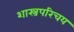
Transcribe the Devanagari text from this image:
शास्त्रपरिचय